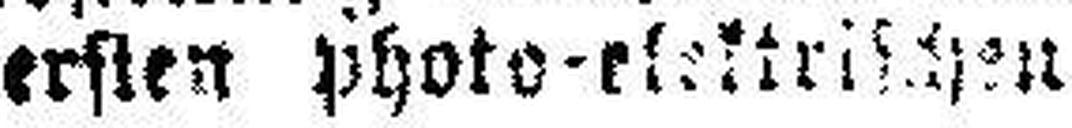
ersten photo-elektrischen